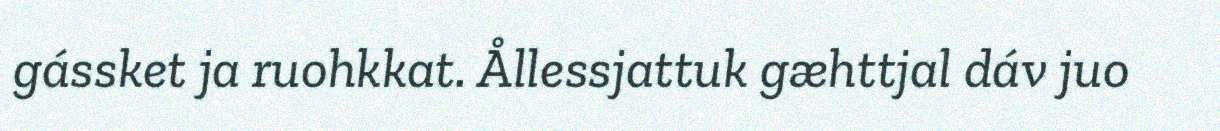
gássket ja ruohkkat. Ållessjattuk gæhttjal dáv juo